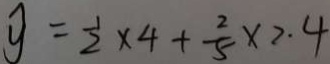
y = \frac { 1 } { 2 } \times 4 + \frac { 2 } { 5 } \times 2 . 4